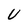
Character: U